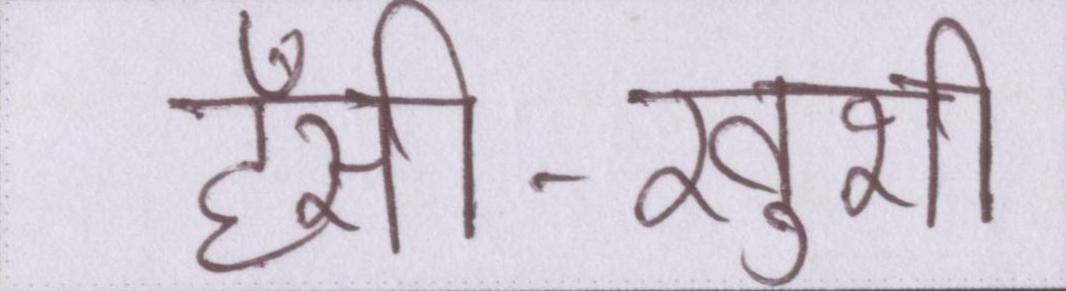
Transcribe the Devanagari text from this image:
हँसी-खुशी